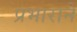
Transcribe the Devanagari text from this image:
प्रभाराने